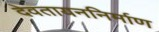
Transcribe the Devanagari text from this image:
देवतायननिर्माण